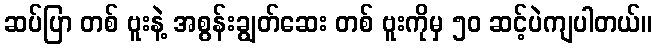
ဆပ်ပြာ တစ် ဗူးနဲ့ အစွန်းချွတ်ဆေး တစ် ဗူးကိုမှ ၅၀ ဆင့်ပဲကျပါတယ်။